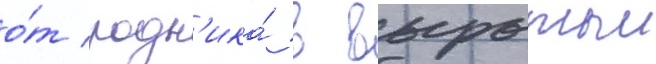
о́т родн'ика́ в вырытыи